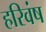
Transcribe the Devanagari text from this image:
हरिवंष